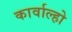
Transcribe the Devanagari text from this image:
कार्वाल्हो